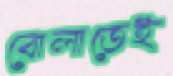
বোলাতেই